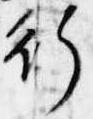
行